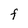
Character: F